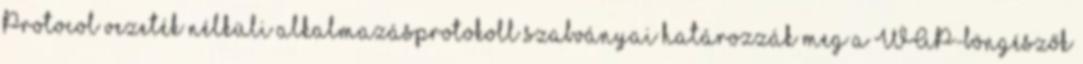
Protocol vezeték nélküli alkalmazásprotokoll szabványai határozzák meg a WAP-böngészők